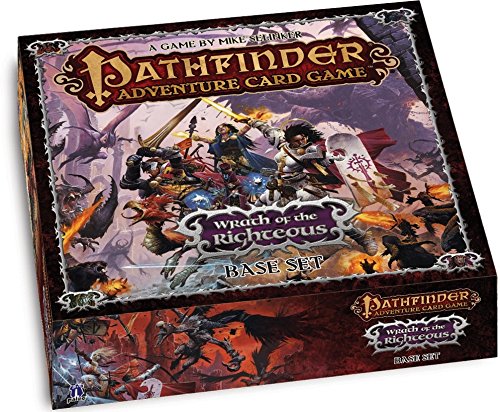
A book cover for Pathfinder Adventure Card Game: Wrath of the Righteous Base Set; Mike Selinker; Science Fiction & Fantasy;